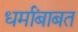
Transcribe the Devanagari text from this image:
धर्मांबाबत